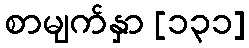
စာမျက်နှာ [၁၃၁]